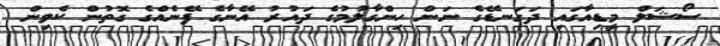
ސޯޝަލް މީޑިއާގައި ދަގަނޑޭގެ ނަން ހިންގާލުމުގެ ދައުރު އޭނާގެ ފޭނެއްގެ ގޮތުން ކެވިން